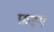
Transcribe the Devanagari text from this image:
फ़इए